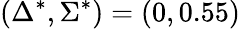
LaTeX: \left(\Delta^{*},\Sigma^{*}\right)=\left(0,0.55\right)